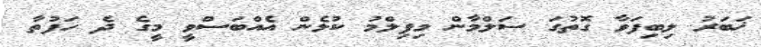
ޚަބަރު ލިބިފަވާ ގޮތުގަ ސަލްމާން މިފިލްމު ކުޅެން އެއްބަސްވީ މީގެ ދެ ހަފުތާ